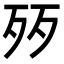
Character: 㱛